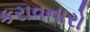
કરાવનારો